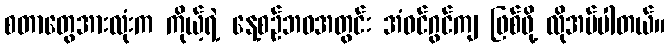
စတာတွေအားလုံးက ကိုယ့်ရဲ့ နေ့စဉ်ဘဝအတွင်း အံဝင်ဂွင်ကျ ဖြစ်ဖို့ လိုအပ်ပါတယ်။